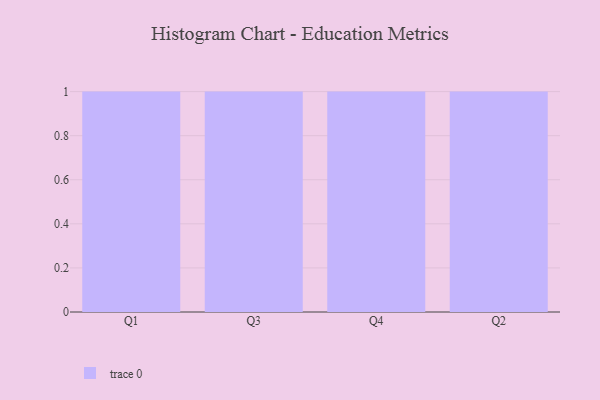
{"axis": {"x": "Quarter", "y": "Headcount"}, "legend": [""], "data": [{"x": "Q1", "y": 67, "type": ""}, {"x": "Q3", "y": 1, "type": ""}, {"x": "Q4", "y": 56, "type": ""}, {"x": "Q2", "y": 97, "type": ""}]}